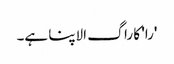
'را' کا راگ الاپنا ہے۔